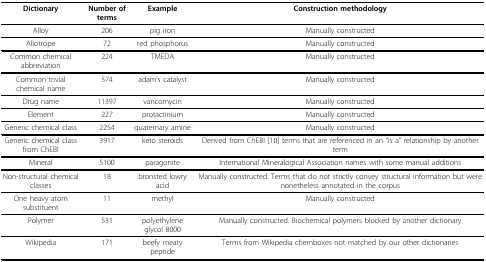
| Dictionary | Number of terms | Example | Construction methodology |
 | --- | --- | --- | --- |
 | Alloy | 206 | pig iron | Manually constructed |
 | Allotrope | 72 | red phosphorus | Manually constructed |
 | Common chemical abbreviation | 224 | TMEDA | Manually constructed |
 | Common trivial chemical name | 574 | adam's catalyst | Manually constructed |
 | Drug name | 11397 | vancomycin | Manually constructed |
 | Element | 227 | protactinium | Manually constructed |
 | Generic chemical class | 2254 | quaternary amine | Manually constructed |
 | Generic chemical class from ChEBI | 3917 | keto steroids | Derived from ChEBI [10] terms that are referenced in an "is a" relationship by another term |
 | Mineral | 5100 | paragonite | International Mineralogical Association names with some manual additions |
 | Non-structural chemical classes | 18 | bronsted lowry acid | Manually constructed. Terms that do not strictly convey structural information but were nonetheless annotated in the corpus |
 | One heavy atom substituent | 11 | methyl | Manually constructed |
 | Polymer | 531 | polyethylene glycol 8000 | Manually constructed. Biochemical polymers blocked by another dictionary |
 | Wikipedia | 171 | beefy meaty peptide | Terms from Wikipedia chemboxes not matched by our other dictionaries |